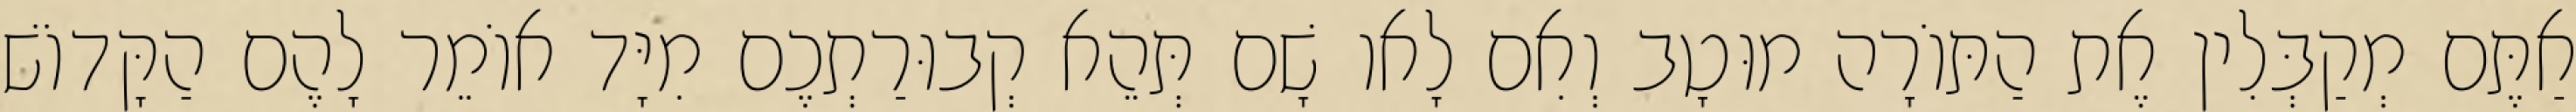
אַתֶּם מְקַבְּלִין אֶת הַתּוֹרָה מוּטָב וְאִם לָאו שָׁם תְּהֵא קְבוּרַתְכֶם מִיָּד אוֹמֵר לָהֶם הַקָּדוֹשׁ